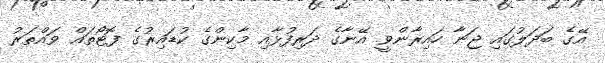
އޭގެ ބަދަލުގައި ޖަނާ ހައިރާންވީ އޭނާގެ ދަރިފުޅާއި މާކިންގެ ކުޑައިރުގެ ފޮޓޯތައް ވައްތަރު